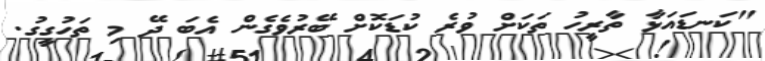
"ކަނޑައަޅާ ތާރީހު ތަކަށް ވުރެ ކުޑަކޮށް ބޭރުވެގެން އެބަ ދޭ މި ތަހުގީގު.